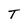
Character: T